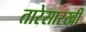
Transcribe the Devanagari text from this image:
तारेसारखी